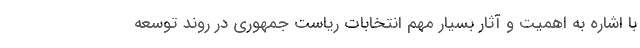
با اشاره به اهمیت و آثار بسیار مهم انتخابات ریاست جمهوری در روند توسعه